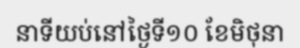
នាទីយប់នៅថ្ងៃទី១០ ខែមិថុនា